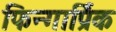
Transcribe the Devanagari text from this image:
फिन्गार्प्रिक